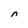
Character: n